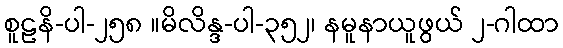
စူဠနိ-ပါ-၂၅၈ ။မိလိန္ဒ-ပါ-၃၅၂၊ နမူနာယူဖွယ် ၂-ဂါထာ